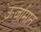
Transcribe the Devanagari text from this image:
ऊर्जामान